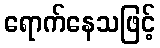
ရောက်နေသဖြင့်